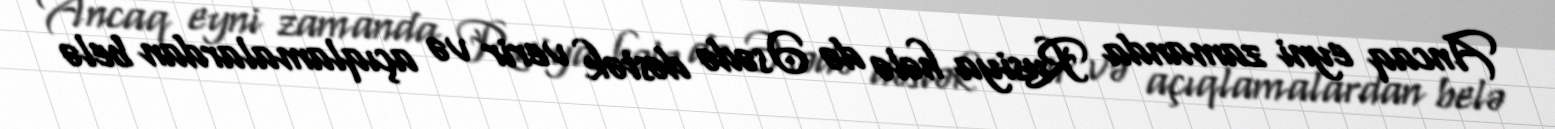
Ancaq eyni zamanda Rusiya hələ də Əsədə dəstək verir və açıqlamalardan belə